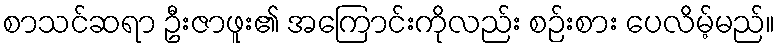
စာသင်ဆရာ ဦးဇာဖူး၏ အကြောင်းကိုလည်း စဉ်းစား ပေလိမ့်မည်။